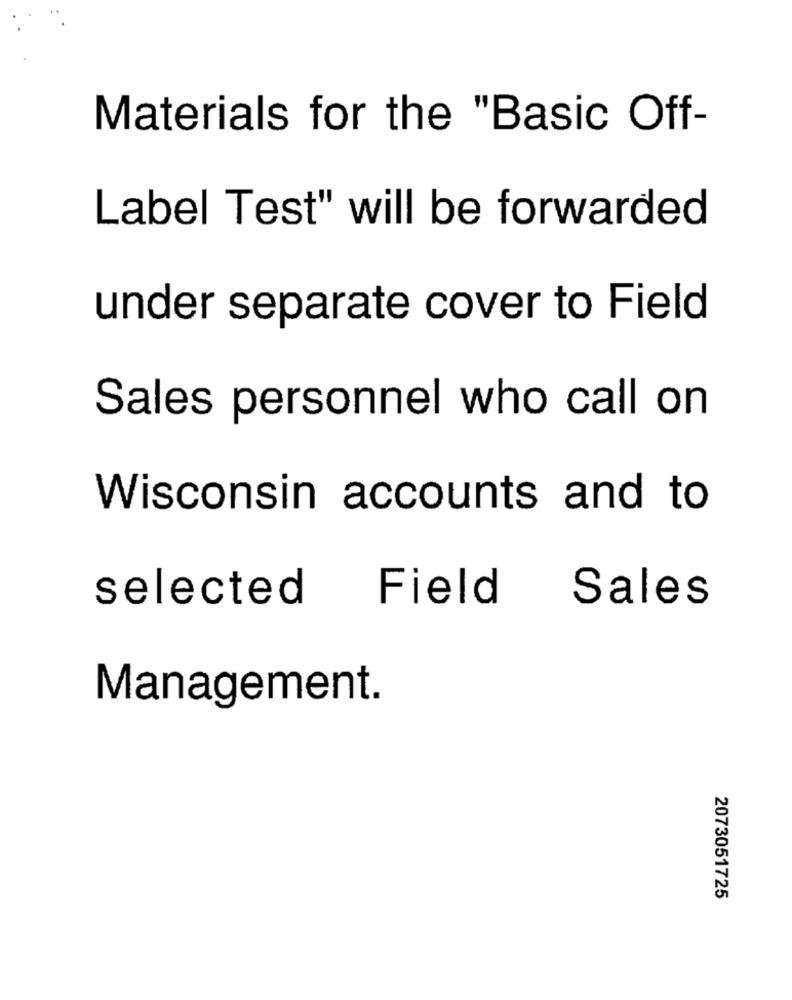
Materials for the "Basic Off-
Label Test" will be forwarded
under separate cover to Field
Sales personnel who call on
Wisconsin accounts and to
selected Field Sales
Management.
2073051725